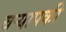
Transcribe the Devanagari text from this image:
बर्‍यापकी